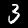
Digit: 3